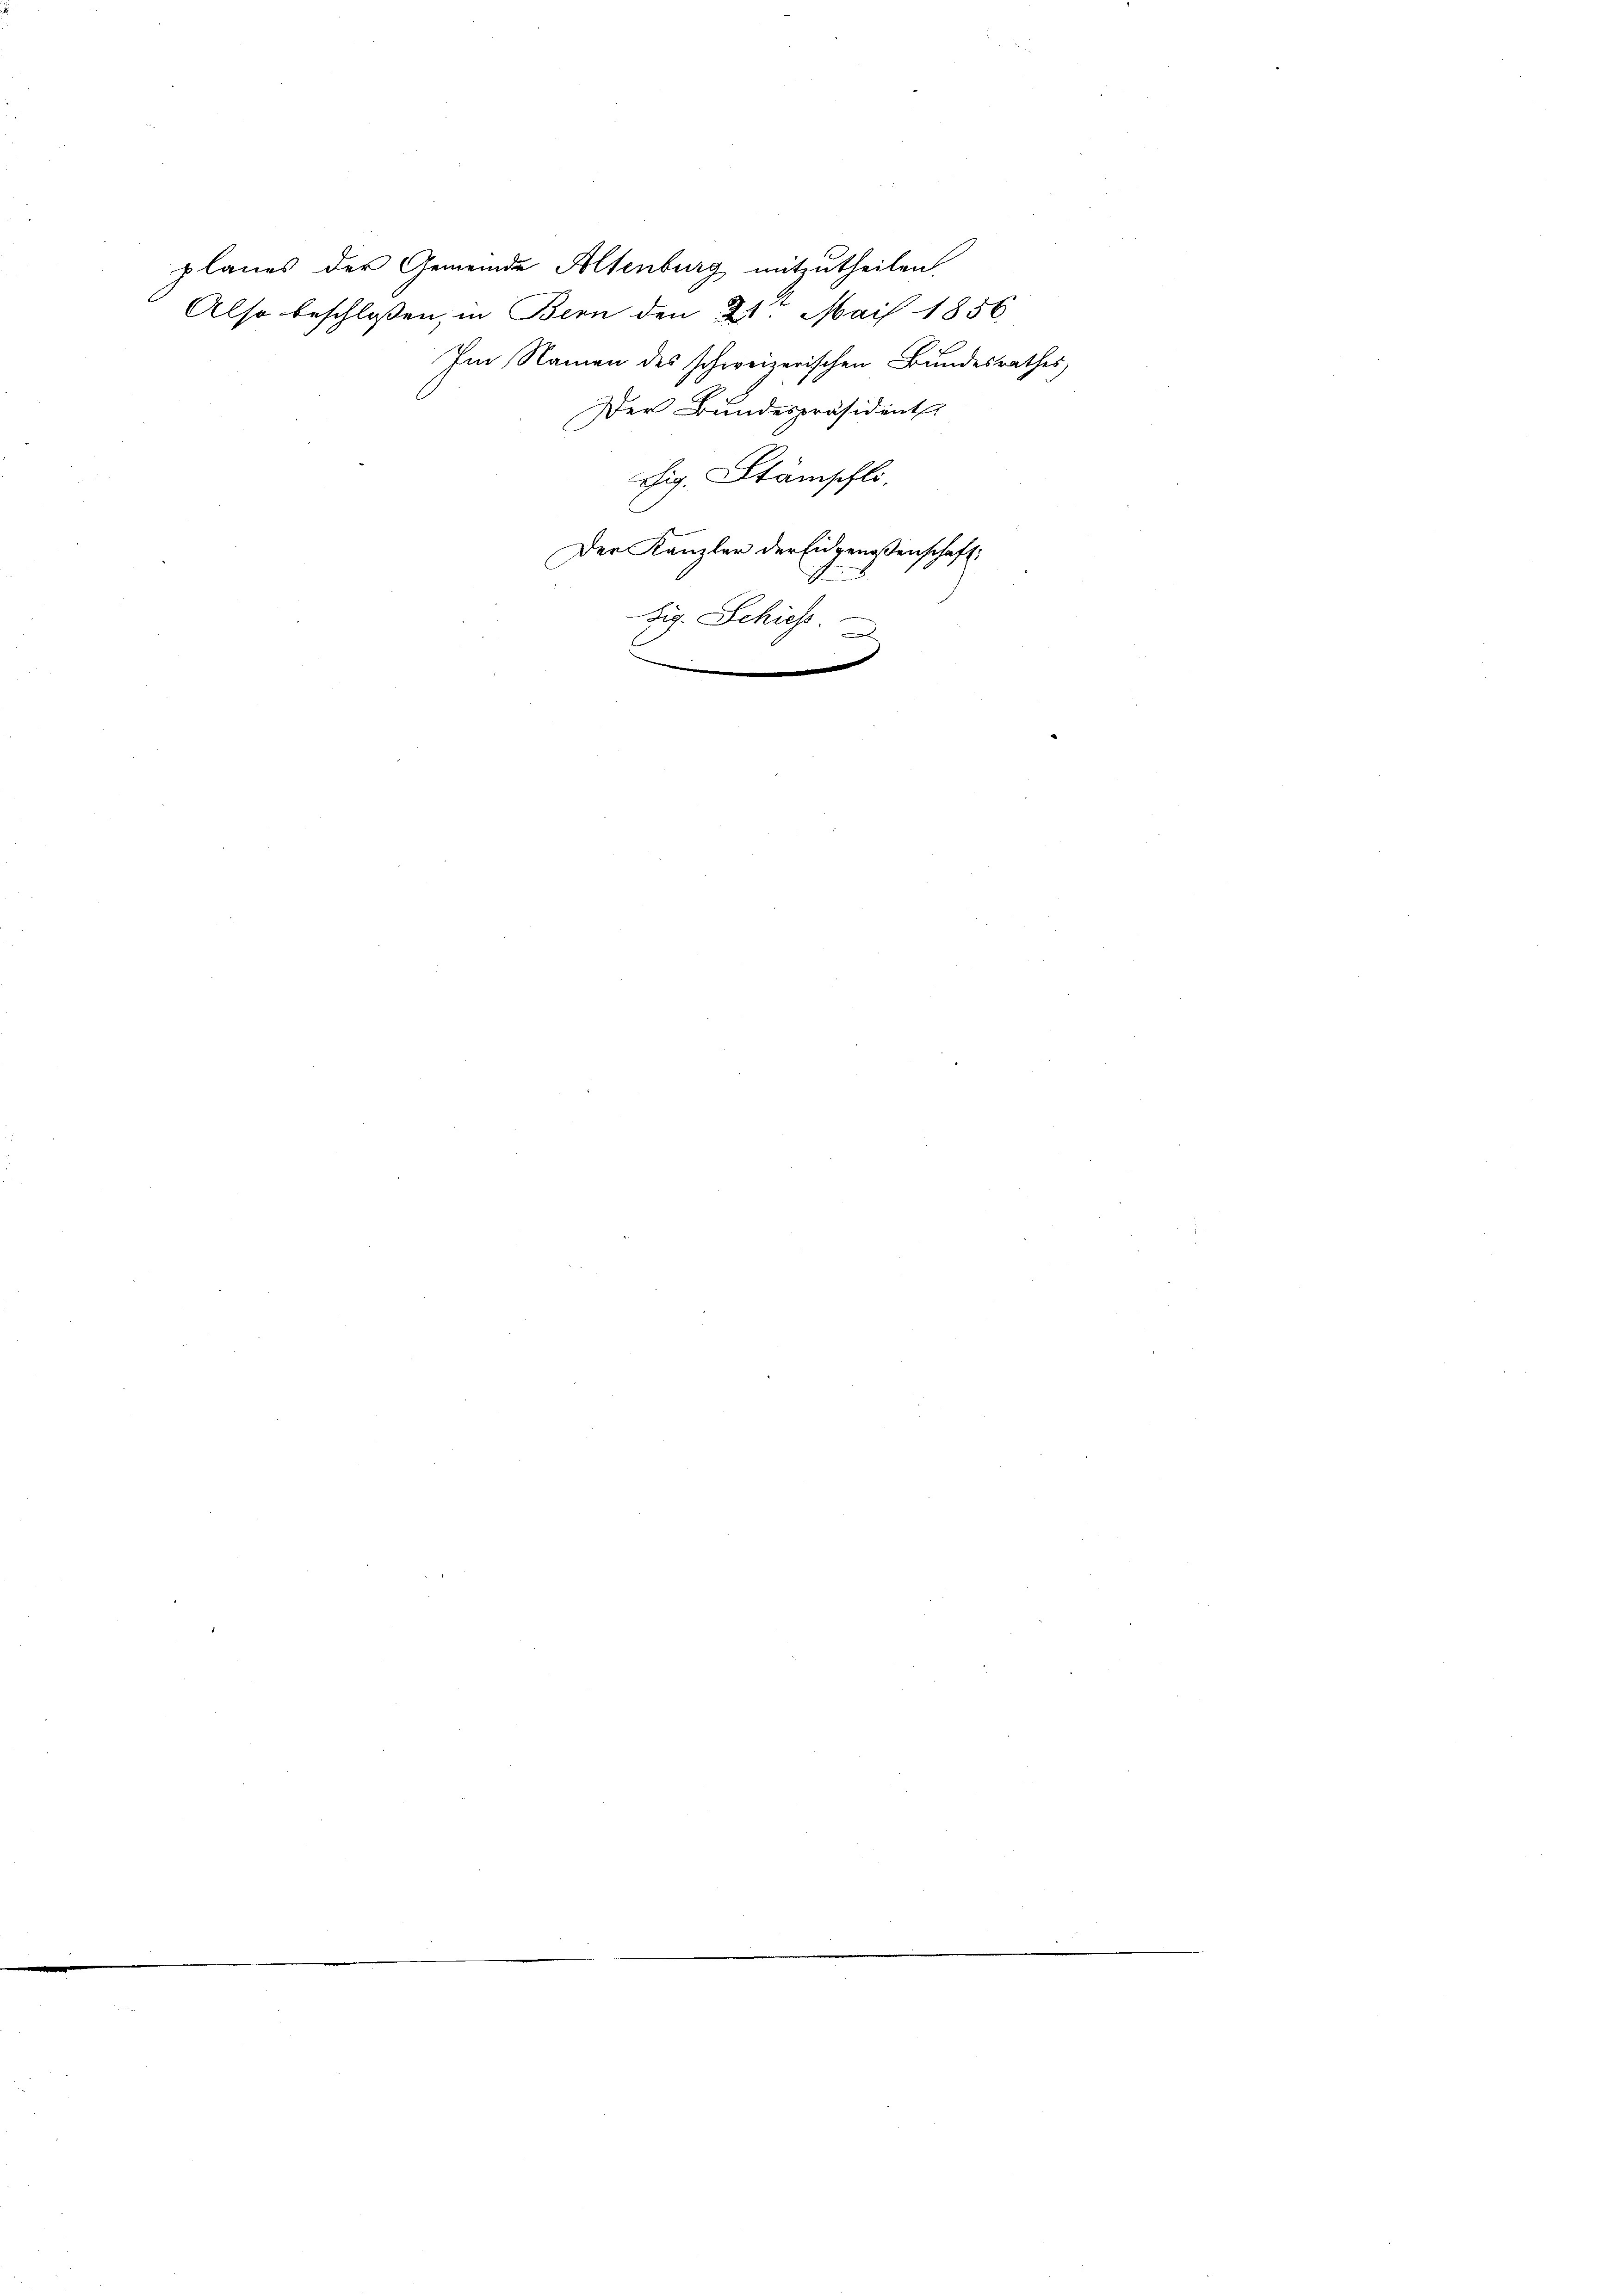
planes der Gemeinde Altenburg mitzutheilen.
Also beschloßen, in Bern den 21. Mai 1856

Der Bundespräsident
Der Kanzler der Eidgenoßenschaft
Zig. Schieh
d

Im Namen des schweizerischen Bundesrathes
shig. Stämschli,